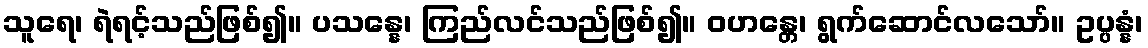
သူရေ၊ ရဲရင့်သည်ဖြစ်၍။ ပသန္နေ၊ ကြည်လင်သည်ဖြစ်၍။ ဝဟန္တေ၊ ရွက်ဆောင်လသော်။ ဥပ္ပန္နံ၊